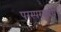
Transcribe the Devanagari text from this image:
परस्परसबंध